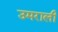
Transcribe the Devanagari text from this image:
उमराली